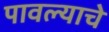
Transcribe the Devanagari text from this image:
पावल्याचे